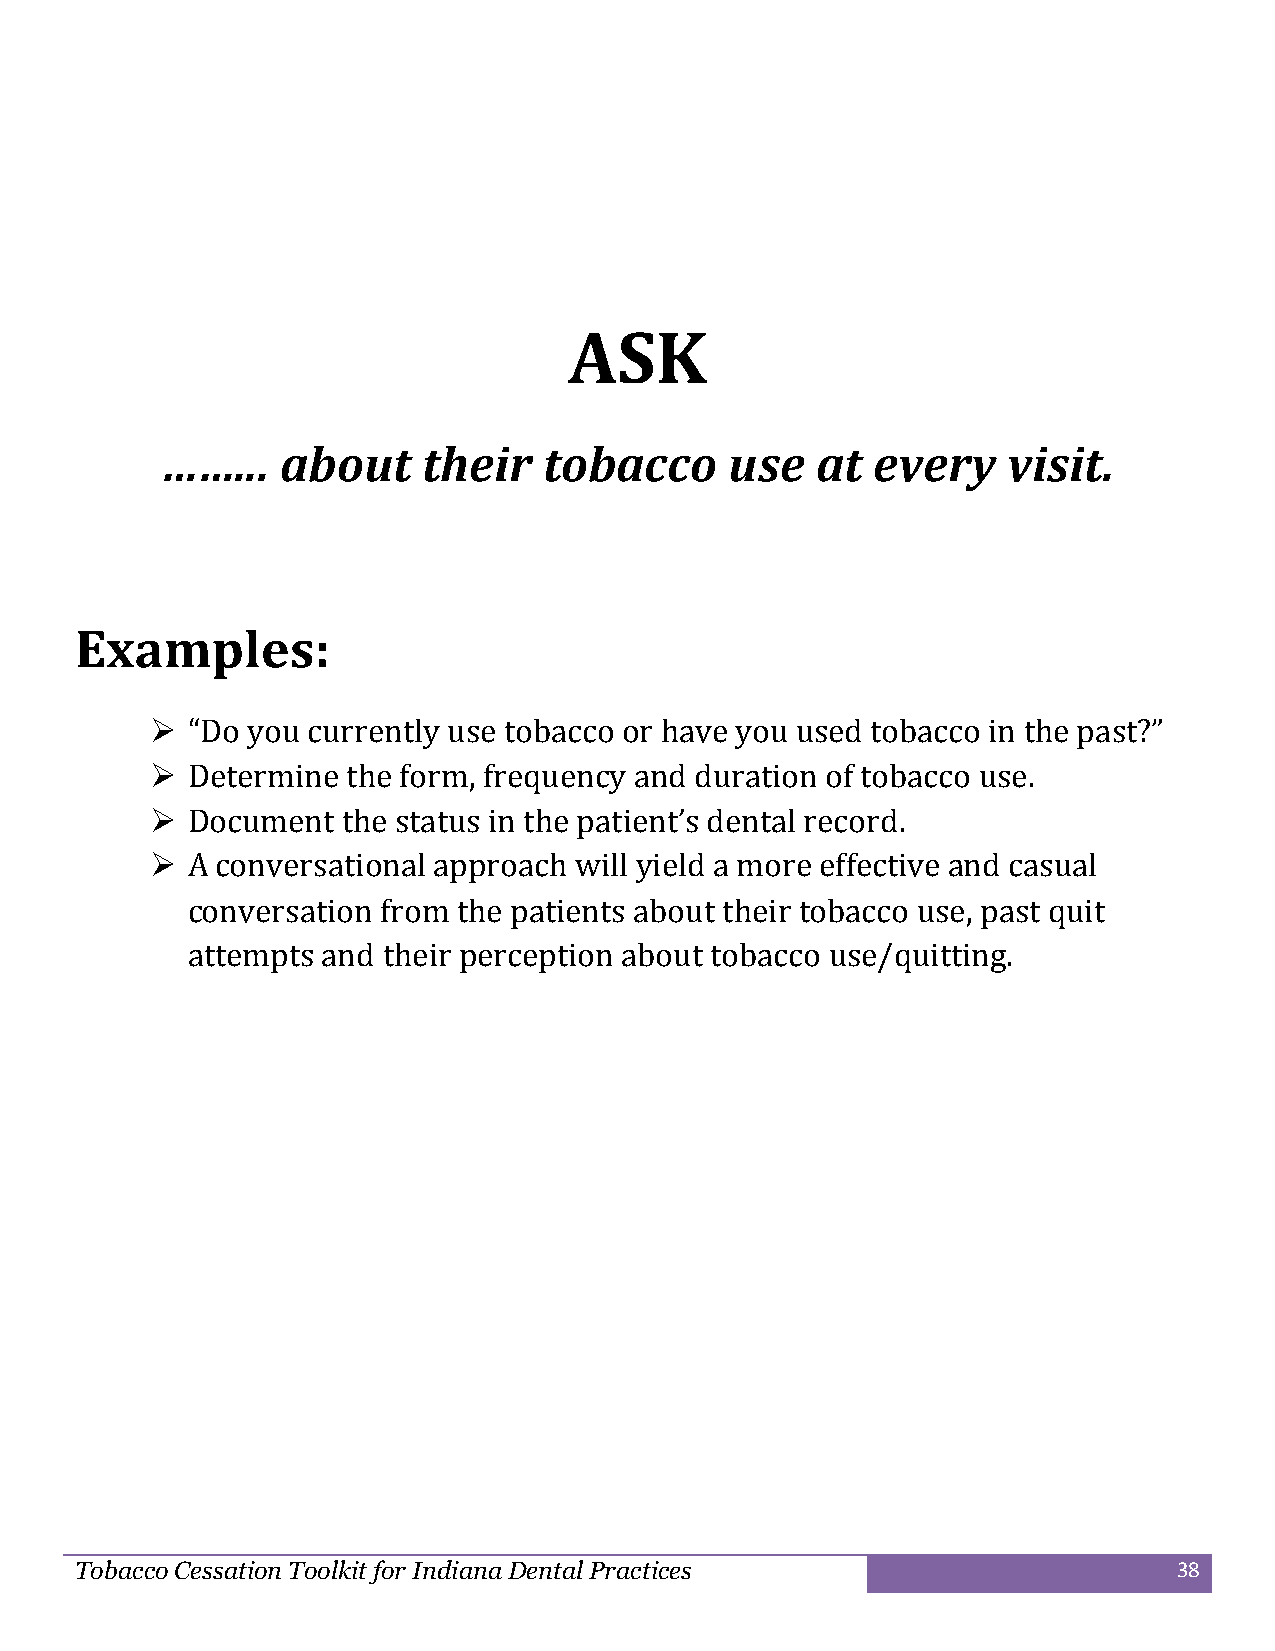
ASK
 ……...   about    their   tobacco     use   at  every    visit.
 Examples:
  “Do you currently use tobacco or have you used tobacco in the past?”
  Determine  the form, frequency and duration of tobacco use.
  Document   the status in the patient’s dental record.
  A conversational approach will yield a more effective and casual
 conversation from the patients about their tobacco use, past quit
 attempts and their perception about tobacco use/quitting.
 Tobacco Cessation Toolkit for Indiana Dental Practices                   38